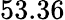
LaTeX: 53.36